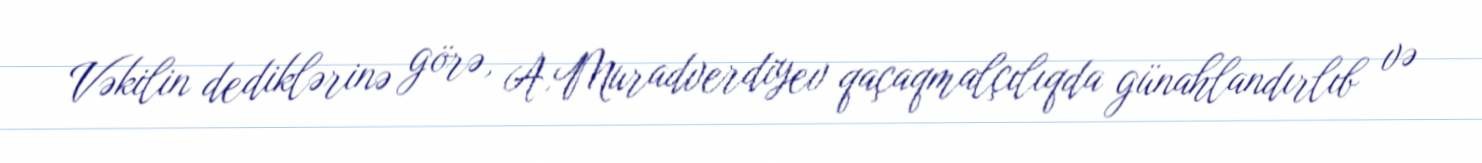
Vəkilin dediklərinə görə, A.Muradverdiyev qaçaqmalçılıqda günahlandırlıb və